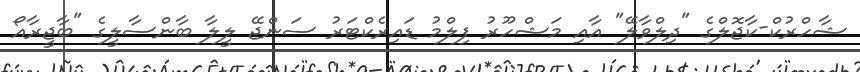
ޝާހްރުކް-ކާޖޮލްގެ "ދިލްވާލޭ" އާއި މަޝްހޫރު ފިލްމު ޑައިރެކްޓަރު ސަންޖޭ ލީލާ ބާންސާލީގެ "ބާޖީރާއޯ